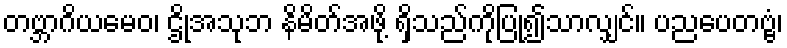
တဗ္ဘာဂိယမေဝ၊ ဌိုအသုဘ နိမိတ်အဖို့ ရှိသည်ကိုပြု၍သာလျှင်။ ပညပေတဗ္ဗံ၊